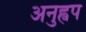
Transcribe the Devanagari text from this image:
अनुह्वप